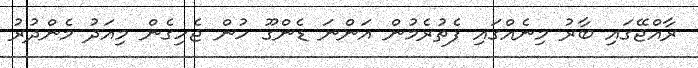
ރާއްޖޭގައި ބާރު މިނެއްގައި ފެތުރެމުން އަންނަ ޑެންގޫ ހުން ޖެހިގެން މިއަދު މެންދުރު